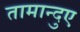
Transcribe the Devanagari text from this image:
तामान्दुए